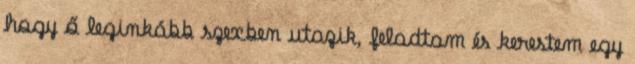
hogy ő leginkább szexben utazik, feladtam és kerestem egy